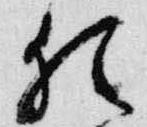
猶